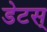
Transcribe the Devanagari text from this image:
डेटस्‌